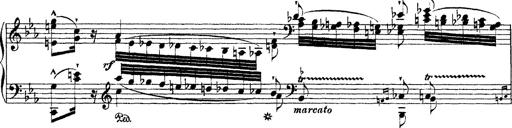
Title: Ã‰tudes d'exÃ©cution transcendante d'aprÃ¨s Paganini
Composer: Franz Liszt